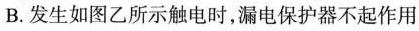
B.发生如图乙所示触电时，漏电保护器不起作用